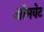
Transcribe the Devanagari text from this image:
ऑमवेट